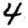
Digit: 4